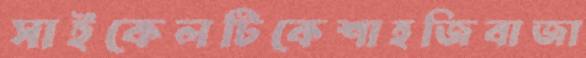
সাইকেলটিকেশাহজিবাজা